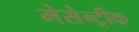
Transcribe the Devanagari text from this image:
मेसेन्ट्रीक